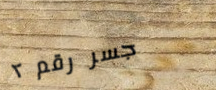
جسر رقم ٢